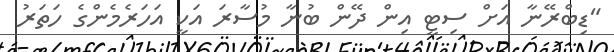
"ޑިބްރޭނާ އަށް ސިޓީ އިން ދޭން ބުނާ މުސާރަ އަކީ އަހަރެމެންގެ ހަތަރު